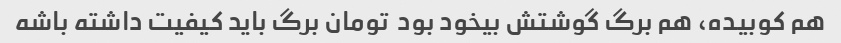
هم کوبیده، هم برگ گوشتش بیخود بود  تومان برگ باید کیفیت داشته باشه